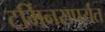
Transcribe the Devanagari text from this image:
टर्मिनसपर्यंत